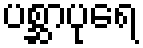
ပစ္ဆာပုရေ